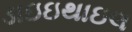
ડાઇઇથાઇલ